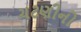
ચટણીનો